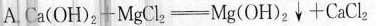
A. $$Ca (OH)_{2}-MgCl_{2} \xlongequal[]{} Mg(OH)_{2}\downarrow +CaCl_{2}$$